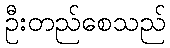
ဦးတည်စေသည်